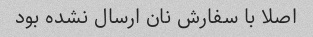
اصلا با سفارش نان ارسال نشده بود